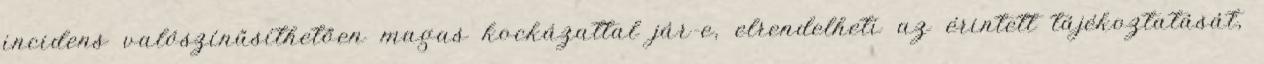
incidens valószínűsíthetően magas kockázattal jár-e, elrendelheti az érintett tájékoztatását,